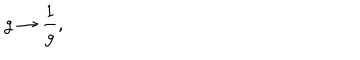
LaTeX: g \rightarrow \frac { 1 } { g } ,